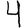
Digit: 4